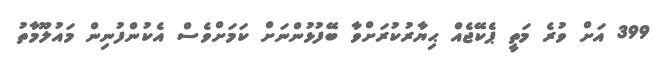
399 އަށް ވުރެ މަތީ ޕެކޭޖެއް ޙިޔާރުކުރަށްވާ ބޭފުޅުންނަށް ކަމަށްވެސް އެކުންފުނިން މައުލޫމާތު